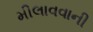
મીલાવવાની